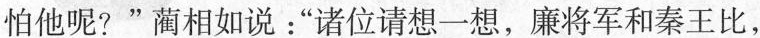
怕他呢？”蔺相如说：“诸位请想一想，廉将军和秦王比，